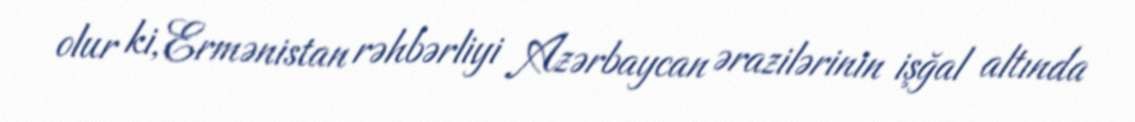
olur ki, Ermənistan rəhbərliyi Azərbaycan ərazilərinin işğal altında